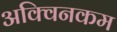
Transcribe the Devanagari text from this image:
अक्विनकम